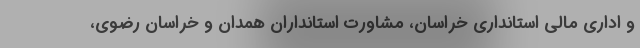
و اداری مالی استانداری خراسان، مشاورت استانداران همدان و خراسان رضوی،